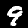
Label: 9